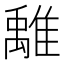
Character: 𩀌